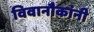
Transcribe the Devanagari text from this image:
विवानौकांनी